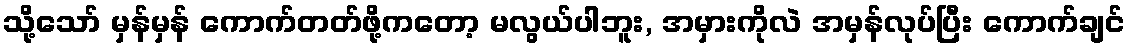
သို့သော် မှန်မှန် ကောက်တတ်ဖို့ကတော့ မလွယ်ပါဘူး, အမှားကိုလဲ အမှန်လုပ်ပြီး ကောက်ချင်